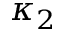
\kappa _ { 2 }